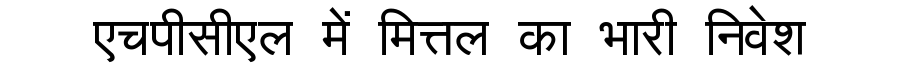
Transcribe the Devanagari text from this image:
एचपीसीएल में मित्तल का भारी निवेश